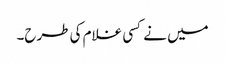
میں نے کسی غلام کی طرح۔